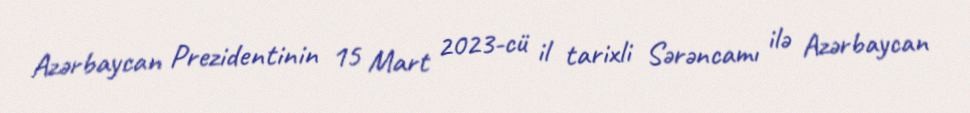
Azərbaycan Prezidentinin 15 Mart 2023-cü il tarixli Sərəncamı ilə Azərbaycan